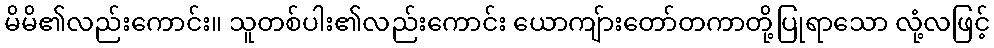
မိမိ၏လည်းကောင်း။ သူတစ်ပါး၏လည်းကောင်း ယောကျ်ားတော်တကာတို့ပြုရာသော လုံ့လဖြင့်